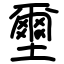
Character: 壐